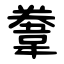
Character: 韏